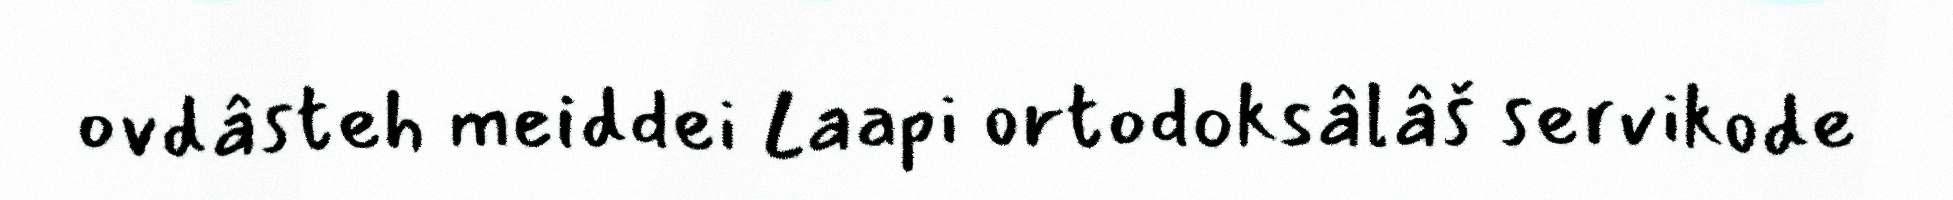
ovdâsteh meiddei Laapi ortodoksâlâš servikode